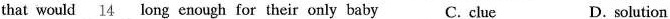
that would \underline{14} long enough for their only baby C. clue D.solution